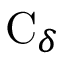
\mathrm { C } _ { \delta }